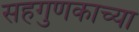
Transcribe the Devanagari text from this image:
सहगुणकाच्या